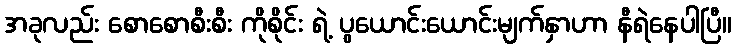
အခုလည်း စောစောစီးစီး ကိုစိုင်း ရဲ့ ပွယောင်းယောင်းမျက်နှာဟာ နီရဲနေပါပြီ။